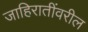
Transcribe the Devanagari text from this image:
जाहिरातींवरील